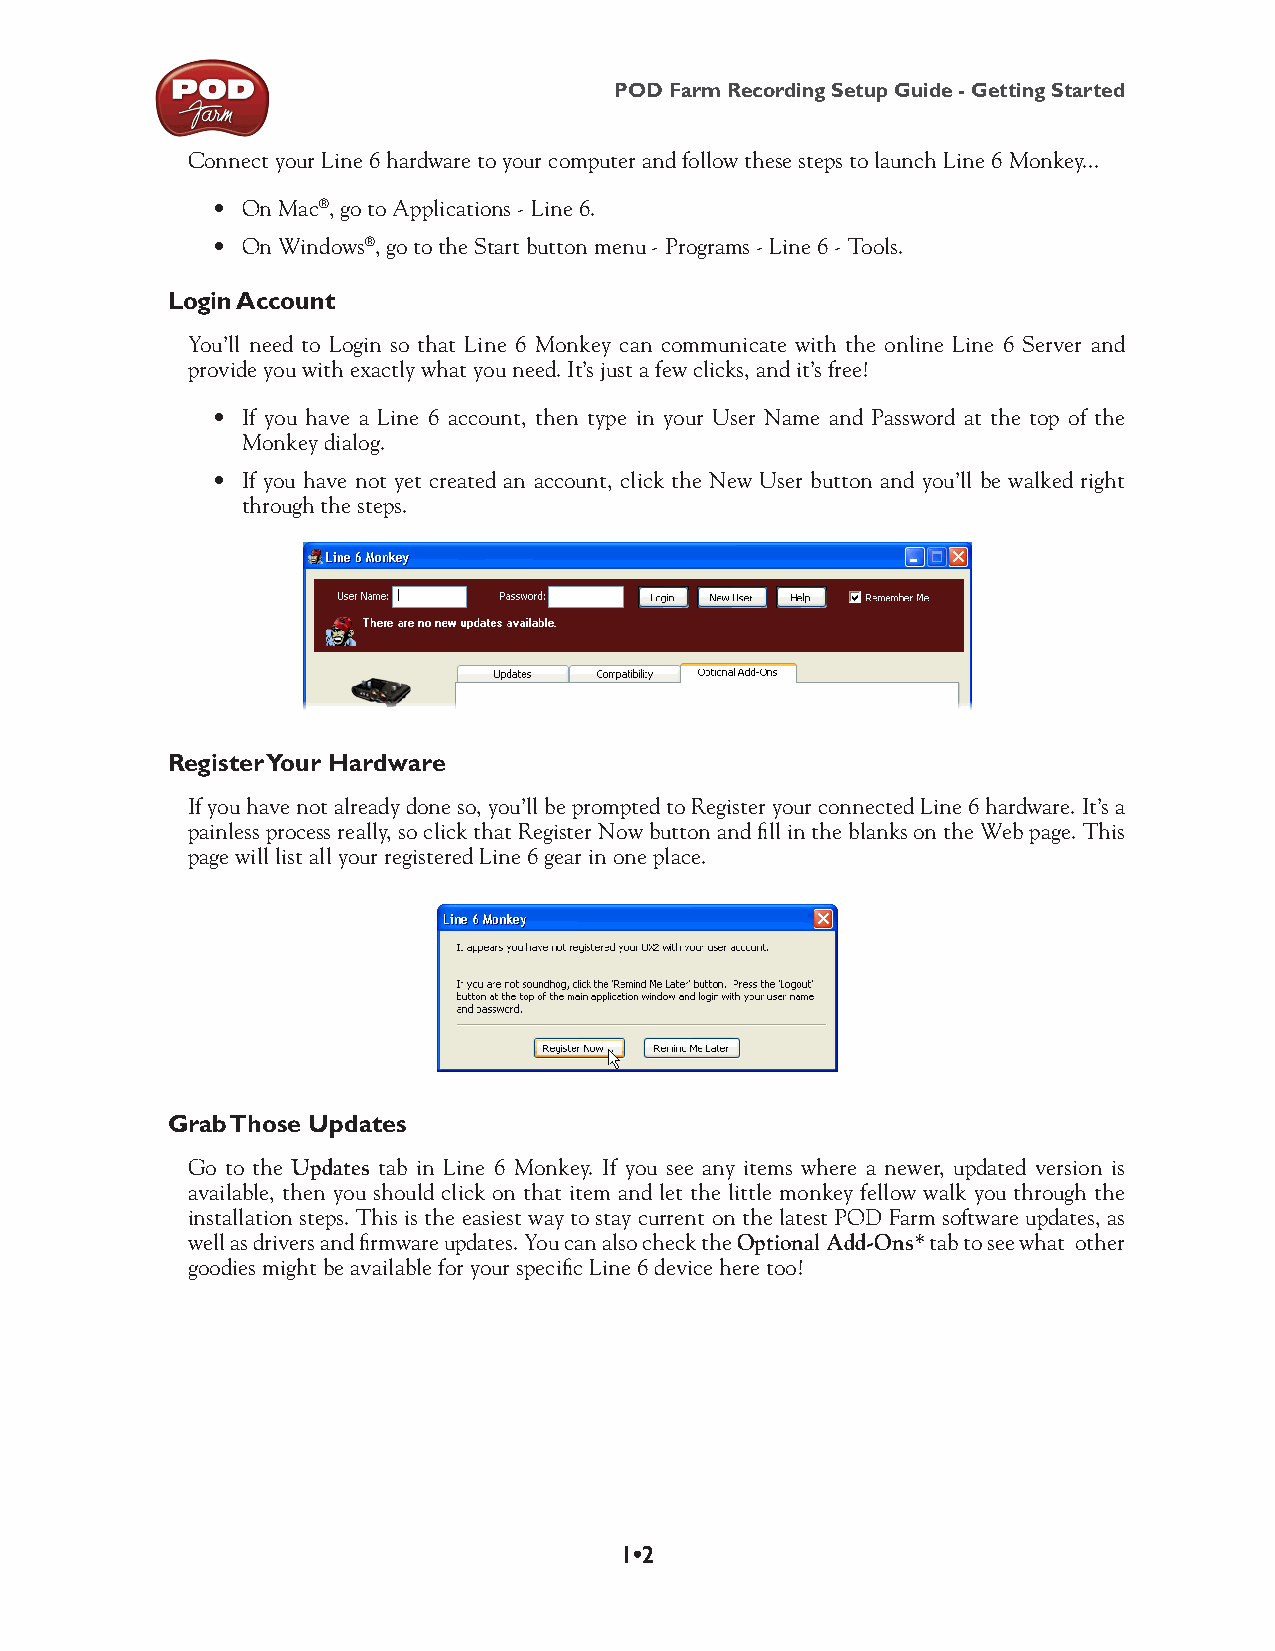
POD Farm Recording Setup Guide - Getting Started
 Connect your Line 6 hardware to your computer and follow these steps to launch Line 6 Monkey...
 • On Mac®, go to Applications - Line 6.
 • On Windows®, go to the Start button menu - Programs - Line 6 - Tools.
 Login Account
 You’ll need to Login so that Line 6 Monkey can communicate with the online Line 6 Server and
 provide you with exactly what you need. It’s just a few clicks, and it’s free!
 • If you have a Line 6 account, then type in your User Name and Password at the top of the
 Monkey dialog.
 • If you have not yet created an account, click the New User button and you’ll be walked right
 through the steps.
 Register Your Hardware
 If you have not already done so, you’ll be prompted to Register your connected Line 6 hardware. It’s a
 painless process really, so click that Register Now button and fill in the blanks on the Web page. This
 page will list all your registered Line 6 gear in one place.
 Grab Those Updates
 Go to the Updates tab in Line 6 Monkey. If you see any items where a newer, updated version is
 available, then you should click on that item and let the little monkey fellow walk you through the
 installation steps. This is the easiest way to stay current on the latest POD Farm software updates, as
 well as drivers and firmware updates. You can also check the Optional Add-Ons* tab to see what other
 goodies might be available for your specific Line 6 device here too!
 1•2